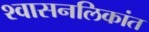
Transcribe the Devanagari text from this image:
श्‍वासनलिकांत